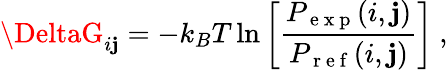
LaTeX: \DeltaG_{i\mathbf{j}}=-k_{B}T\ln\left[\frac{{P_{\mathrm{{~e~x~p~}}}(i,\mathbf{j})}}{{P_{\mathrm{{~r~e~f~}}}(i,\mathbf{j})}}\right]~,